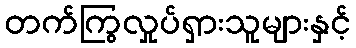
တက်ကြွလှုပ်ရှားသူများနှင့်